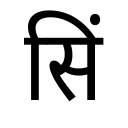
OCR:
सिं